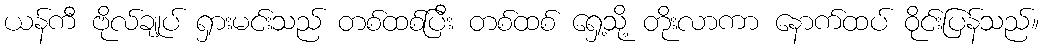
ယန်ကီ ဗိုလ်ချုပ် ရှားမင်းသည် တစ်ထစ်ပြီး တစ်ထစ် ရှေ့သို့ တိုးလာကာ နောက်ထပ် ဝိုင်းပြန်သည်။